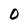
Character: 0